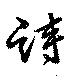
詩